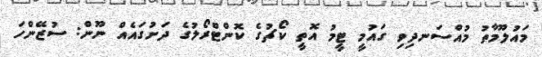
މައުލޫމާތު މުއްސަނދިވި ގައުމީ ޓީމު އޮތީ ކޯޗުގެ ކޮންޓްރޯލުގެ ދަށުގައެއް ނޫން: ސުޒޭންހަ